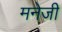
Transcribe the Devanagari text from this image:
मनेजी